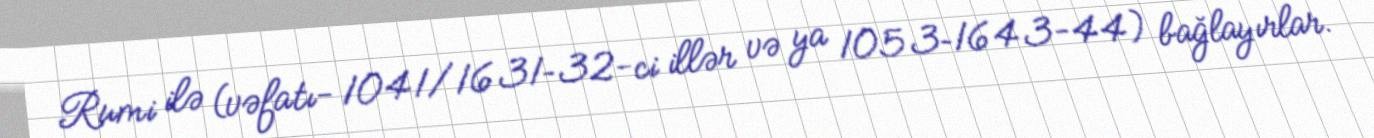
Rumi ilə (vəfatı- 1041/1631–32-ci illər və ya 1053–1643-44) bağlayırlar.